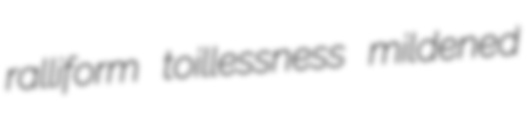
ralliform toillessness mildened